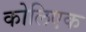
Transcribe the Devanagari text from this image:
कोलिएक